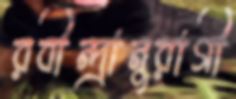
রবীন্দ্রানুরাগী